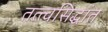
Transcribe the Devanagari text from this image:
तत्त्वसिद्धांत